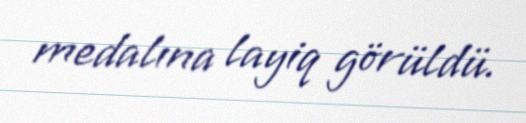
medalına layiq görüldü.